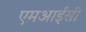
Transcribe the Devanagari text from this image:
एमआईसी